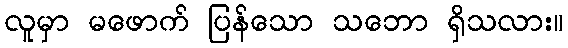
လူမှာ မဖောက် ပြန်သော သဘော ရှိသလား။